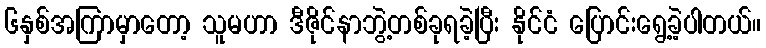
၆နှစ်အကြာမှာတော့ သူမဟာ ဒီဇိုင်နာဘွဲ့တစ်ခုရခဲ့ပြီး နိုင်ငံ ပြောင်းရွေ့ခဲ့ပါတယ်။